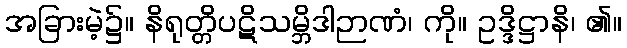
အခြားမဲ့၌။ နိရုတ္တိပဋိသမ္ဘိဒါဉာဏံ၊ ကို။ ဥဒ္ဒိဋ္ဌာနိ၊ ၏။